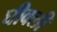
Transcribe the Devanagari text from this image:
घीवली